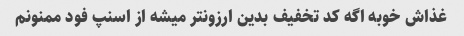
غذاش خوبه اگه کد تخفیف بدین ارزونتر میشه از اسنپ فود ممنونم